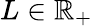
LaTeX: L\in\mathbb R_{+}